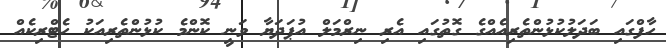
ހާފްގައި ބަދަލުކުޅުންތެރިއެއްގެ ގޮތުގައި އެރި ނިރްމަލް އުޕަދަޔާ ވަނީ ކޮންމެ ކުޅުންތެރިއަކު ހެޓްރިކެއް